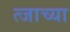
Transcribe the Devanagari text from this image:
त्जाच्या